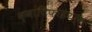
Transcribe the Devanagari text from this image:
क्वांटिफाइयर्स